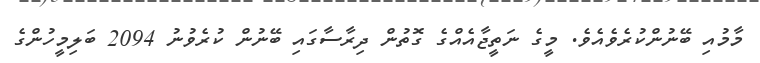
މާމުއި ބޭނުންކުރެވެއެވެ. މީގެ ނަތީޖާއެއްގެ ގޮތުން ދިރާސާގައި ބޭނުން ކުރެވުނު 2094 ބަލިމީހުންގެ